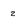
Character: 2